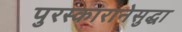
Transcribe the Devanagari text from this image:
पुरस्कारानेसुद्धा